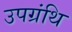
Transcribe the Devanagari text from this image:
उपग्रंथि